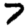
Digit: 7